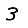
Digit: 3